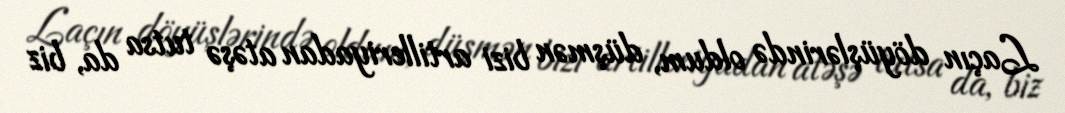
Laçın döyüşlərində oldum, düşmən bizi artilleriyadan atəşə tutsa da, biz